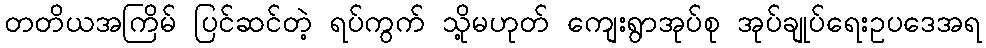
တတိယအကြိမ် ပြင်ဆင်တဲ့ ရပ်ကွက် သို့မဟုတ် ကျေးရွာအုပ်စု အုပ်ချုပ်ရေးဥပဒေအရ